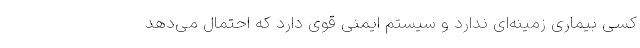
کسی بیماری زمینه‌ای ندارد و سیستم ایمنی قوی دارد که احتمال می‌دهد